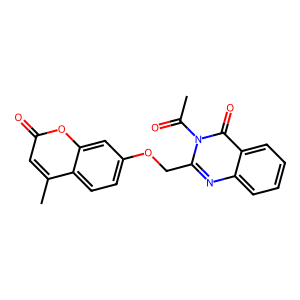
SMILES: CC(=O)n1c(COc2ccc3c(C)cc(=O)oc3c2)nc2ccccc2c1=O
Inhibits HIV replication: No